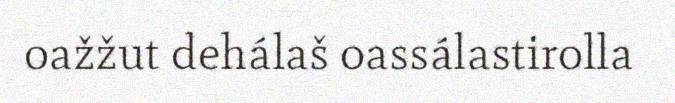
oažžut dehálaš oassálastirolla